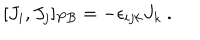
LaTeX: [ J _ { i } , J _ { j } ] _ { P B } = - \epsilon _ { i j k } J _ { k } ~ .